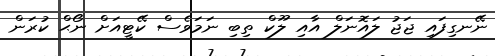
ނޭނގިފައި ޖަޖު ލައޮނަލް އާއި ލޫކް ތިބި ނަމަވެސް ކޭޓީއަށް ނޯޙް ކުރަން